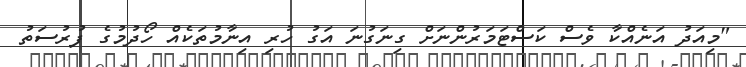
"މިއަދު އަނެއްކާ ވެސް ކަސްޓަމަރުންނަށް ގިނަގުނަ އަގު ހުރި އިނާމުތަކެއް ހޯދުމުގެ ފުރުސަތު